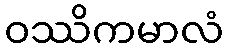
ဝဿိကမာလံ